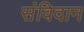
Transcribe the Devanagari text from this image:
संविदान